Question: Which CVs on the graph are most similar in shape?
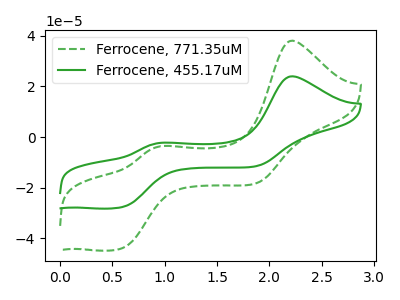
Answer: <think>The green dashed curve "Ferrocene, 771.35uM" has anodic peaks at (2.20V, 37.95uA) (0.95V, -3.60uA) and cathodic peaks at (0.60V, -43.85uA) (1.85V, -18.25uA). The green curve "Ferrocene, 455.17uM" has anodic peaks at (2.20V, 23.90uA) (0.95V, -2.25uA) and cathodic peaks at (0.60V, -27.65uA) (1.85V, -11.50uA).
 All the peaks in "Ferrocene, 771.35uM" have a peak in "Ferrocene, 455.17uM" at the same potential.</think>
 <answer>"Ferrocene, 771.35uM" and "Ferrocene, 455.17uM" have the same shape and are likely CV's of the same chemical.</answer>
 <eval>"Ferrocene, 771.35uM" "Ferrocene, 455.17uM"</eval>